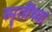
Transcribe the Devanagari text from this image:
स्मृतींच्या